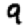
Digit: 9